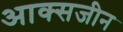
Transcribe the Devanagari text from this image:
आक्सजीन